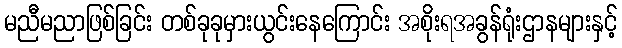
မညီမညာဖြစ်ခြင်း တစ်ခုခုမှားယွင်းနေကြောင်း အစိုးရအခွန်ရုံးဌာနများနှင့်